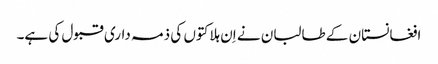
افغانستان کے طالبان نے اِن ہلاکتوں کی ذمہ داری قبول کی ہے۔